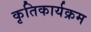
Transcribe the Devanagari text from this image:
कृतिकार्यक्रम